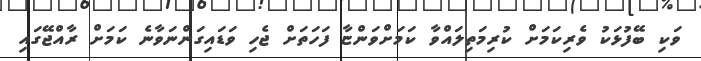
ވަކި ބޭފުޅަކު ވެރިކަމަށް ކުރިމަތިލައްވާ ކަމަށްވަންޏާ ފަހަތަށް ޖެހި ވަޑައިގަންނަވާނެ ކަމަށް ރާއްޖޭގައި